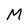
Character: M